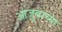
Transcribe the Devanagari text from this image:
आजुबाच्या